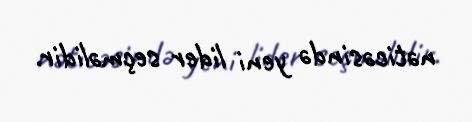
nəticəsində yeni lider seçməlidir.